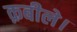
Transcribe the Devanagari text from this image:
क़बीले।